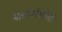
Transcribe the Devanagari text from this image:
मल्टीस्पेशलिटी